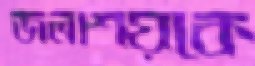
জলাশয়কে